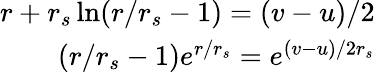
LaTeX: \begin{array}{r}{r+r_{s}\ln(r/r_{s}-1)=(v-u)/2}\\ {(r/r_{s}-1)e^{r/r_{s}}=e^{(v-u)/2r_{s}}}\end{array}